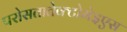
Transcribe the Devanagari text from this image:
परोसतातेक्टोमेइएस